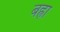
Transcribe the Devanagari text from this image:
बह्रा